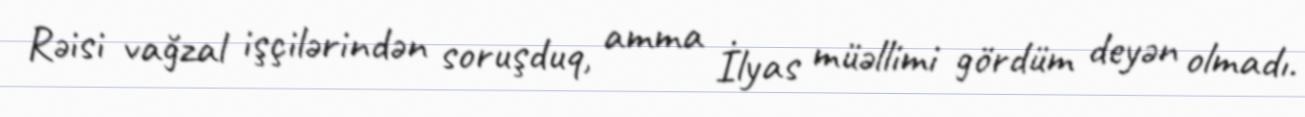
Rəisi vağzal işçilərindən soruşduq, amma İlyas müəllimi gördüm deyən olmadı.